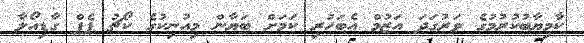
ކާމިޔާބުކުރުމުގެ ވަރުގަދަ އަޒުމް އެބަހުރި ކަމަށް ބަޔާން މިއުނިކުގެ ކޯޗު ޕެޕް ގާޑިއޯލާ